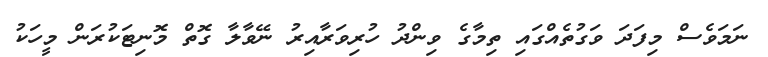
ނަމަވެސް މިފަދަ ވަގުތެއްގައި ތިމާގެ ވިންދު ހުރިވަރާއިރު ނޭވާލާ ގޮތް މޮނިޓަކުރަން މީހަކު